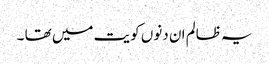
یہ ظالم ان دنوں کویت میں تھا ۔